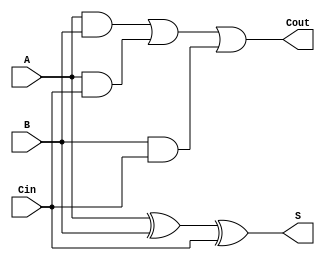
module full_adder(
    input A,
    input B,
    input Cin,
    output S,
    output Cout
);

// behavioral modeling of full adder
always @*
begin
    S = A ^ B ^ Cin; // XOR operation to calculate sum
    Cout = (A & B) | (A & Cin) | (B & Cin); // OR operation to calculate carry
end

endmodule